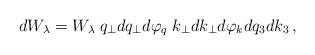
LaTeX: \begin{align*}dW_{\lambda} = W_{\lambda}\;q_{\perp}dq_{\perp} d\varphi_q \;k_{\perp}dk_{\perp}d\varphi_k dq_3 dk_3 \,,\end{align*}